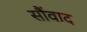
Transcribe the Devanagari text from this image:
सौंवाद